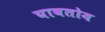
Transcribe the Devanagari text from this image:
घावतोय